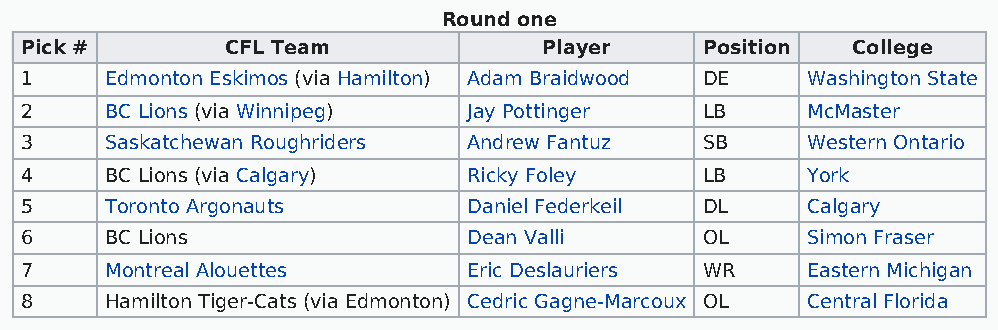
Round one
 Pick #        CFL Team             Player     Position College
 1     Edmonton Eskimos (via Hamilton) Adam Braidwood DE Washington State
 2     BC Lions (via Winnipeg) Jay Pottinger   LB    McMaster
 3     Saskatchewan Roughriders Andrew Fantuz  SB    Western Ontario
 4     BC Lions (via Calgary)  Ricky Foley     LB    York
 5     Toronto Argonauts       Daniel Federkeil DL   Calgary
 6     BC Lions                Dean Valli      OL    Simon Fraser
 7     Montreal Alouettes      Eric Deslauriers WR   Eastern Michigan
 8     Hamilton Tiger-Cats (via Edmonton) Cedric Gagne-Marcoux OL Central Florida